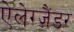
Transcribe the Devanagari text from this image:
ऐलेग्ज़ैंडर